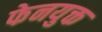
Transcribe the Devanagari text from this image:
फेनयुक्त